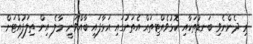
މި ދެންނެވި ބަނޑުތަކާއި ކޮޅުވެއްޓިތައް އެތަނުގައި އަޅާފައި ބާއްވަނީ މާލެ އިން ތިލަފުއްޓަށް